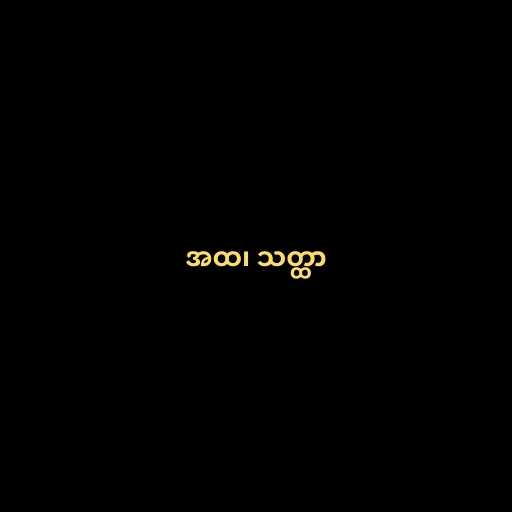
အထ၊ သတ္ထာ